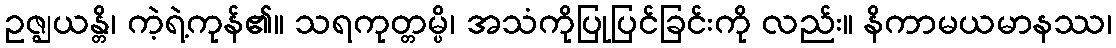
ဥဇ္ဈယန္တိ၊ ကဲ့ရဲ့ကုန်၏။ သရကုတ္တမ္ပိ၊ အသံကိုပြုပြင်ခြင်းကို လည်း။ နိကာမယမာနဿ၊